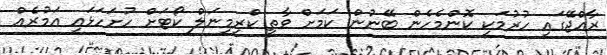
ރާއްޖޭގައި ހުރުމަކީ ކޮންމެހެން ބޭނުން ކަމަށް ވާތީ ކްރިމިނަލް ކޯޓަށް ހުށަހަޅައި އަމުރެއް